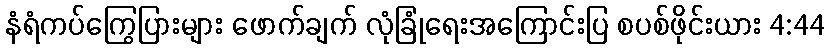
နံရံကပ်ကြွေပြားများ ဖောက်ချက် လုံခြုံရေးအကြောင်းပြ စပစ်ဖိုင်းယား 4:44